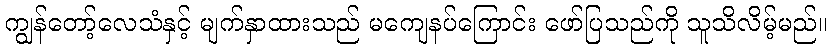
ကျွန်တော့်လေသံနှင့် မျက်နှာထားသည် မကျေနပ်ကြောင်း ဖော်ပြသည်ကို သူသိလိမ့်မည်။